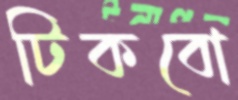
টিকবো